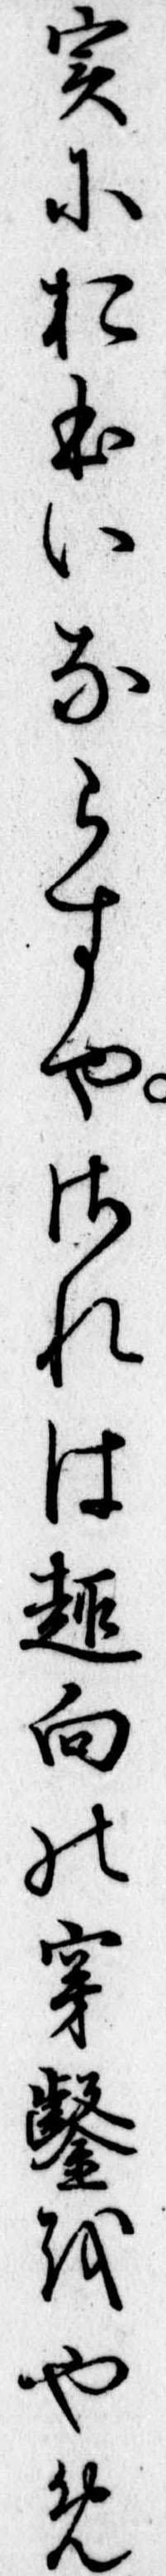
実におほいならすやされは趣向の穿鑿をやめ